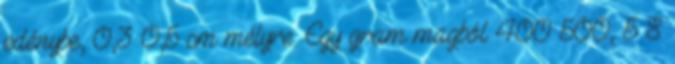
edénybe, 0,3–0,5 cm mélyre. Egy gram magból 400–500, 5–8